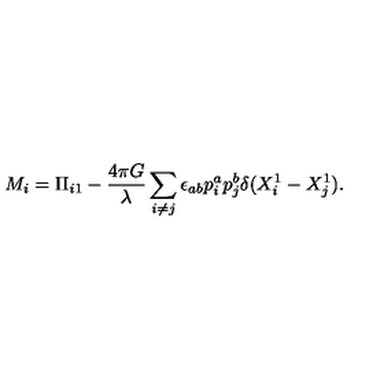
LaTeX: M _ { i } = \Pi _ { i 1 } - \frac { 4 \pi G } { \lambda } \sum _ { i \ne j } \epsilon _ { a b } p _ { i } ^ { a } p _ { j } ^ { b } \delta ( X _ { i } ^ { 1 } - X _ { j } ^ { 1 } ) .